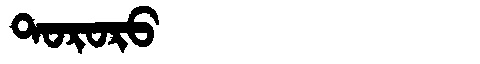
Manchu: ᡨᠣᡵᠣᡵᠣ
Romanization: TORORO